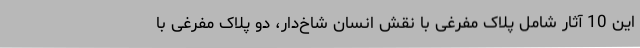
این 10 آثار شامل پلاک مفرغی با نقش انسان شاخ‌دار، دو پلاک مفرغی با